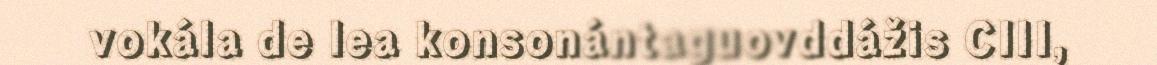
vokála de lea konsonántaguovddážis CIII,